Report on vaccination in Madras 1904-1921 - 1904-1921
Year: 1904
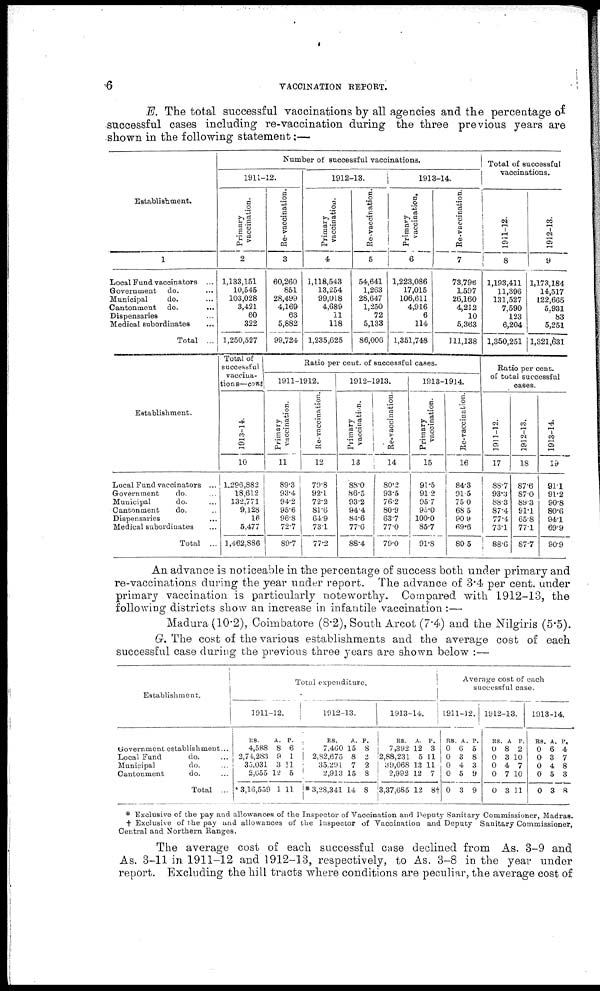
6
VACCINATION REPORT.
E. The total successful vaccinations by all agencies and the percentage of
successful cases including re-vaccination during the three previous years are
shown in the following statement:—
Establishment.
1
Local Fund vaccinators ...
Government
do. ...
Municipal
do. ...
Cantonment
do.
...
Dispensaries ...
Medical subordinates
...
Total ...
Establishment.
Local Fund vaccinators ...
Government
do. ...
Municipal
do. ...
Cantonment
do. ...
Dispensaries ...
Medical subordinates ...
Total ...
Number of successful vaccinations.
1911-12.
Primary
vaccination.
2
1,133,151
10,545
103,028
3,421
60
322
1,250,527
Total of
successful
vaccina¬
tions—cont
1913-14.
10
1,296,882
18,612
132,771
9,128
16
5,477
1,462,886
Re-vaccination.
3
60,260
851
28,499
4,169
63
5,882
99,724
1912-13.
Primary
vaccination.
4
1,118,543
13,254
99,018
4,689
11
118
1,235,6525
1913-14.
Re-vaccination.
5
54,641
1,263
28,647
1,250
72
5,133
86,006
Primary
vaccination.
6
1,223,086
17,015
106,611
4,916
6
114
1,351,748
Re-vaccination.
7
73,796
1,597
26,160
4,212
10
5,363
111,138
Ratio per cent. of successful cases.
1911-1912.
Primary
vaccination.
11
89.3
93.4
94.2
95.6
96.8
72.7
89.7
Re-vaccination.
12
79.8
92.1
72.2
81.6
64.9
73.1
77.2
1912-1913.
Primary
vaccination.
13
88.0
86.5
93.2
94.4
84.6
77.6
88.4
Re-vaccination.
14
80.2
93.5
76.2
80.9
63.7
77.0
79.0
1913-1914.
Primary
vaccination.
15
91.5
91.2
95.7
95.0
100.0
85.7
91.8
Re-vaccination.
16
84.3
91.5
75.0
68.5
90.9
69.6
80.5
Total of successful
vaccinations.
1911-12.
8
1,193,411
11,396
131,527
7,590
123
6,204
1,350,251
1912-13.
9
1,173,184
14,517
122,665
5,931
83
5,251
1,321,631
Ratio per cent.
of total successful
cases.
1911-12.
17
88.7
93.3
88.3
87.4
77.4
73.1
88.6
1912-13.
18
87.6
87.0
89.3
91.1
65.8
77.1
87.7
1913-14.
19
91.1
91.2
90.8
80.6
94.1
69.9
90.9
An advance is noticeable in the percentage of success both under primary and
re-vaccinations during the year under report. The advance of 3.4 per cent. under
primary vaccination is particularly noteworthy. Compared with 1912-13, the
following districts show an increase in infantile vaccination :—
Madura (10.2), Coimbatore (8.2), South Arcot (7.4) and the Nilgiris (5.5).
G. The cost of the various establishments and the average cost of each
successful case during the previous three years are shown below :—
Establishment.
Government establishment ...
Local Fund
do. ...
Municipal
do. ...
Cantonment
do. ...
Total ...
Total expenditure.
1911-12.
RS.
4,588
2,74,283
35,031
2,655
* 3,16,559
A.
8
9
3
12
1
P.
6
1
11
5
11
1912-13.
RS.
7,460
2,82,675
35,291
2,913
* 3,28,341
A.
15
8
7
15
14
P.
8
2
2
8
8
1913-14.
RS.
7,392
2,88,231
39,068
2,992
3,37,685
A.
12
5
13
12
12
P.
3
11
11
7
8†
Average cost of each
successful case.
1911-12.
RS.
0
0
0
0
0
A.
6
3
4
5
3
P.
5
8
3
9
9
1912-13.
RS.
0
0
0
0
0
A.
8
3
4
7
3
P.
2
10
7
10
11
1913-14.
RS.
0
0
0
0
0
A.
6
3
4
5
3
P.
4
7
8
3
8
* Exclusive of the pay and allowances of the Inspector of Vaccination and Deputy Sanitary Commissioner, Madras.
† Exclusive of the pay and allowances of the Inspector of Vaccination and Deputy Sanitary Commissioner,
Central and Northern Ranges.
The average cost of each successful case declined from As. 3-9 and
As. 3-11 in 1911-12 and 1912-13, respectively, to As. 3-8 in the year under
report. Excluding the hill tracts where conditions are peculiar, the average cost of